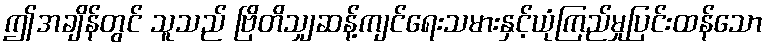
ဤအချိန်တွင် သူသည် ဗြိတိသျှဆန့်ကျင်ရေးသမားနှင့်ယုံကြည်မှုပြင်းထန်သော